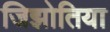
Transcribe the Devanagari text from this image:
जिझोतिया